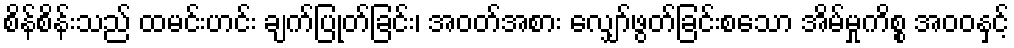
စိန်စိန်းသည် ထမင်းဟင်း ချက်ပြုတ်ခြင်း၊ အဝတ်အစား လျှော်ဖွတ်ခြင်းစသော အိမ်မှုကိစ္စ အဝဝနှင့်